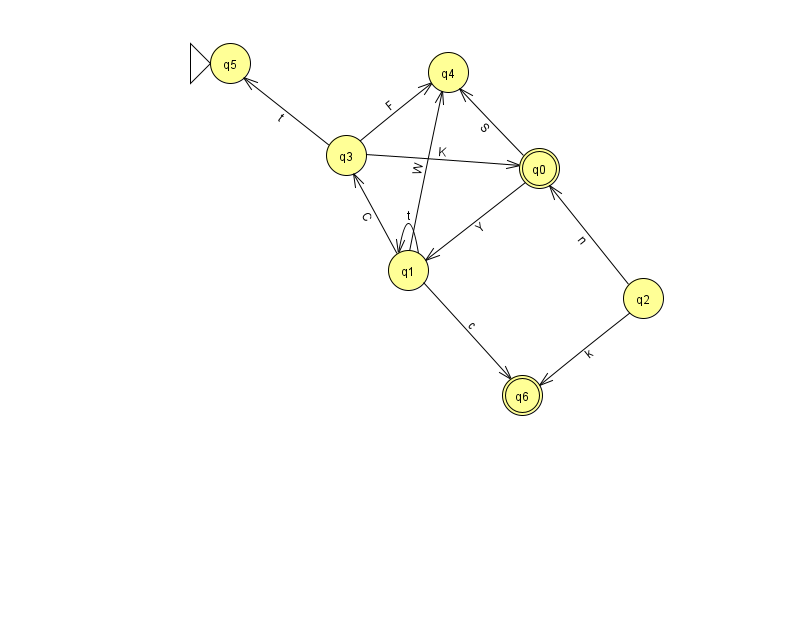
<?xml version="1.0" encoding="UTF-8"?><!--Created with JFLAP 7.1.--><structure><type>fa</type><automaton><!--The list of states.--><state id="0" name="q0"><x>539.0</x><y>155.0</y><final/></state><state id="1" name="q1"><x>408.0</x><y>257.0</y></state><state id="2" name="q2"><x>643.0</x><y>285.0</y></state><state id="3" name="q3"><x>346.0</x><y>142.0</y></state><state id="4" name="q4"><x>448.0</x><y>59.0</y></state><state id="5" name="q5"><x>230.0</x><y>50.0</y><initial/></state><state id="6" name="q6"><x>522.0</x><y>382.0</y><final/></state><!--The list of transitions.--><transition><from>0</from><to>1</to><read>Y</read></transition><transition><from>3</from><to>5</to><read>t</read></transition><transition><from>1</from><to>1</to><read>t</read></transition><transition><from>1</from><to>3</to><read>C</read></transition><transition><from>0</from><to>4</to><read>S</read></transition><transition><from>3</from><to>0</to><read>K</read></transition><transition><from>1</from><to>4</to><read>W</read></transition><transition><from>1</from><to>6</to><read>c</read></transition><transition><from>2</from><to>6</to><read>k</read></transition><transition><from>2</from><to>0</to><read>n</read></transition><transition><from>3</from><to>4</to><read>F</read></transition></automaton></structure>